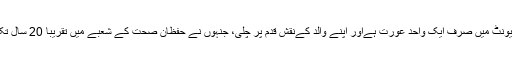
ڈوز اپنے یونٹ میں صرف ایک واحد عورت ہےاور اپنے والد کےنقش قدم پر چلی، جنہوں نے حفظان صحت کے شعبے میں تقریبا 20 سال تک کام کیا ۔